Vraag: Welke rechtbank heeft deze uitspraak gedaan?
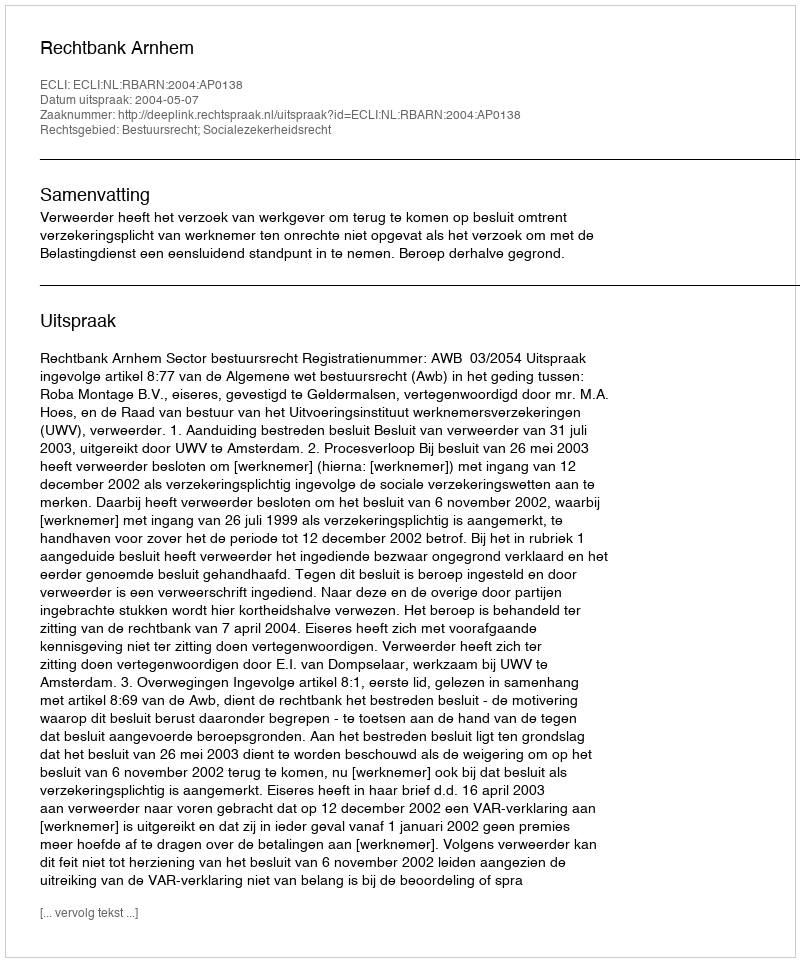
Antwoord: Rechtbank Arnhem